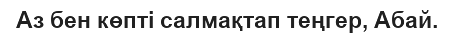
Аз бен көпті салмақтап теңгер, Абай.